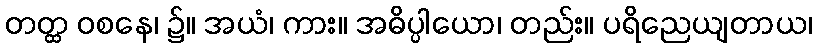
တတ္ထ ဝစနေ၊ ၌။ အယံ၊ ကား။ အဓိပ္ပါယော၊ တည်း။ ပရိညေယျတာယ၊